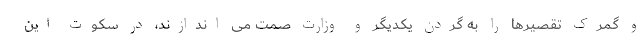
و گمرک تقصیرها را به گردن یکدیگر و وزارت صمت می اندازند، در سکوت این